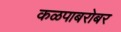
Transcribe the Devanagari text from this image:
कळपाबरोबर